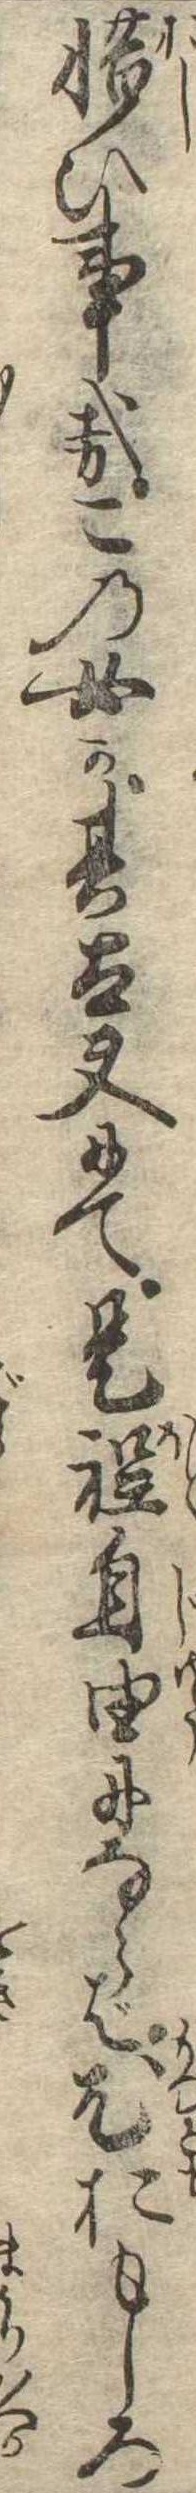
惜ひ事哉この女か其太夫にて是程自由にならば尤おもしろ